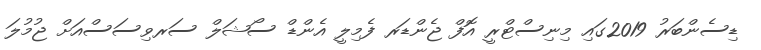
ޑިސެންބަރު 2019ގައި މިނިސްޓްރީ އޮފް ޖެންޑަރ ފެމިލީ އެންޑް ސޯޝަލް ސަރވިސަސްއަށް ޖުމުލަ